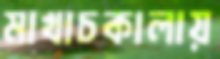
মাখাচকালায়